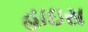
હાઇસ